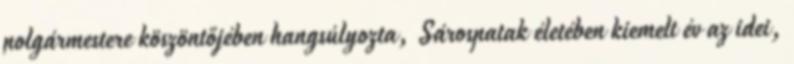
polgármestere köszöntőjében hangsúlyozta, Sárospatak életében kiemelt év az idei,